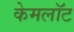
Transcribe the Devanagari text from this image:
केमलॉट